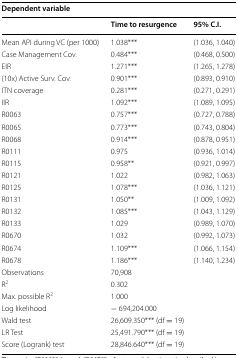
<table><thead><tr><td colspan="3"><b>Dependent variable</b></td></tr><tr><td></td><td><b>Time to resurgence</b></td><td><b>95% C.I.</b></td></tr></thead><tbody><tr><td>Mean API during VC (per 1000)</td><td>1.038***</td><td>(1.036, 1.040)</td></tr><tr><td>Case Management Cov.</td><td>0.484***</td><td>(0.468, 0.500)</td></tr><tr><td>EIR</td><td>1.271***</td><td>(1.265, 1.278)</td></tr><tr><td>(10x) Active Surv. Cov.</td><td>0.901***</td><td>(0.893, 0.910)</td></tr><tr><td>ITN coverage</td><td>0.281***</td><td>(0.271, 0.291)</td></tr><tr><td>IIR</td><td>1.092***</td><td>(1.089, 1.095)</td></tr><tr><td>R0063</td><td>0.757***</td><td>(0.727, 0.788)</td></tr><tr><td>R0065</td><td>0.773***</td><td>(0.743, 0.804)</td></tr><tr><td>R0068</td><td>0.914***</td><td>(0.878, 0.951)</td></tr><tr><td>R0111</td><td>0.975</td><td>(0.936, 1.014)</td></tr><tr><td>R0115</td><td>0.958**</td><td>(0.921, 0.997)</td></tr><tr><td>R0121</td><td>1.022</td><td>(0.982, 1.063)</td></tr><tr><td>R0125</td><td>1.078***</td><td>(1.036, 1.121)</td></tr><tr><td>R0131</td><td>1.050**</td><td>(1.009, 1.092)</td></tr><tr><td>R0132</td><td>1.085***</td><td>(1.043, 1.129)</td></tr><tr><td>R0133</td><td>1.029</td><td>(0.989, 1.070)</td></tr><tr><td>R0670</td><td>1.032</td><td>(0.992, 1.073)</td></tr><tr><td>R0674</td><td>1.109***</td><td>(1.066, 1.154)</td></tr><tr><td>R0678</td><td>1.186***</td><td>(1.140, 1.234)</td></tr><tr><td>Observations</td><td>70,908</td><td></td></tr><tr><td>R<sup>2</sup></td><td>0.302</td><td></td></tr><tr><td>Max. possible R<sup>2</sup></td><td>1.000</td><td></td></tr><tr><td>Log likelihood</td><td>− 694,204.000</td><td></td></tr><tr><td>Wald test</td><td>26,609.350*** (df = 19)</td><td></td></tr><tr><td>LR Test</td><td>25,491.790*** (df = 19)</td><td></td></tr><tr><td>Score (Logrank) test</td><td>28,846.640*** (df = 19)</td><td></td></tr></tbody></table>